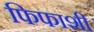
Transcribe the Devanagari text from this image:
फिफाशी